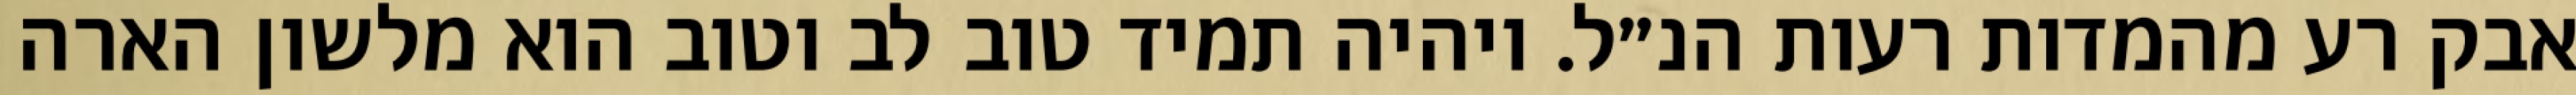
אבק רע מהמדות רעות הנ״ל. ויהיה תמיד טוב לב וטוב הוא מלשון הארה